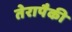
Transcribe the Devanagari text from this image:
तेरापैकी